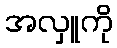
အလှူကို